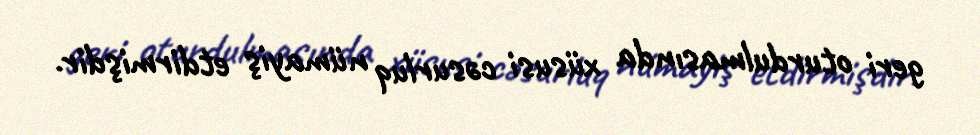
geri oturdulmasında xüsusi cəsurluq nümayiş etdirmişdir.